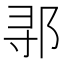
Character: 𬩽